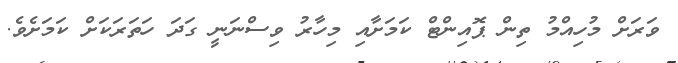
ވަރަށް މުހިއްމު ތިން ޕޮއިންޓް ކަމަށާއި މިހާރު ވިސްނަނީ ގަދަ ހަތަރަކަށް ކަމަށެވެ.